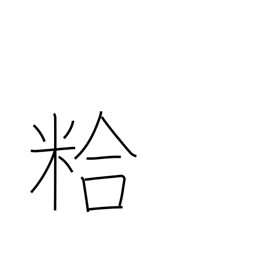
Meaning: chaff